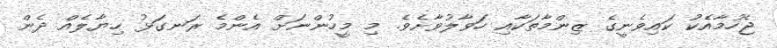
ޖެހުމާއެކު ކައިވެނީގެ ޒިންމާތަކާއި ހަވާލުވާށެވެ. މި މީހުންނަށް އެންމެ ރަނގަޅު ހިޔާލެއް ދެން